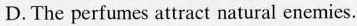
D.The perfumes attract natural enemies.